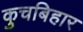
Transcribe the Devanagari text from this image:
कुचबिहार